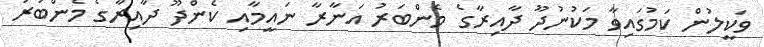
ވަކީލުން ކަމުގައިވާ މަކުނުދޫ ދާއިރާގެ މެންބަރު އަނާރާ ނައީމާއި ކެންދޫ ދާއިރާގެ މެންބަރު